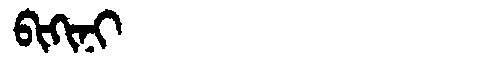
Manchu: ᠪᡳᡴᡳᠨᡳ
Romanization: BIKINI